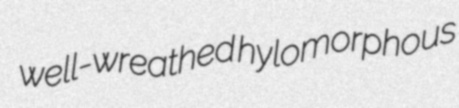
well-wreathed hylomorphous